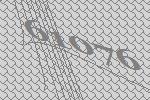
61076